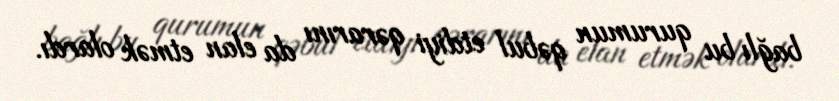
bağlı bu qurumun qəbul etdiyi qərarını da elan etmək olardı.